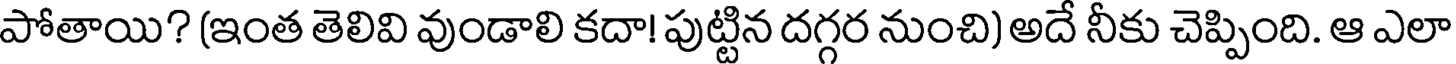
పోతాయి? (ఇంత తెలివి వుండాలి కదా! పుట్టిన దగ్గర నుంచి) అదే నీకు చెప్పింది. ఆ ఎలా